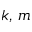
k , \, m